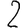
Digit: 2